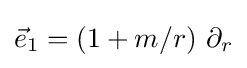
{\vec {e}}_{1}=\left(1+m/r\right)\,\partial _{r}